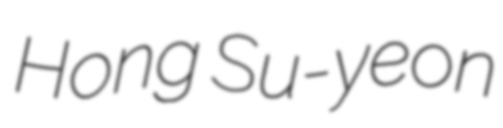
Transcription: Hong Su-yeon